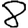
Digit: 8